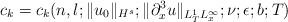
LaTeX: \begin{align*} c_k = c_k(n,l; \|u_0\|_{H^s}; \|\partial_x^3u\|_{L_T^1L_x^\infty}; \nu; \epsilon; b; T)\end{align*}